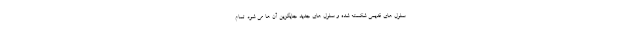
سلول های قدیمی شکسته شده و سلول های جدید جایگزین آن ها می شود. تمام